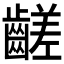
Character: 𪙉